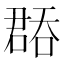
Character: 𭊝